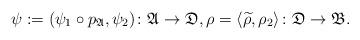
LaTeX: \begin{align*}\psi := (\psi_1\circ p_\mathfrak{A}, \psi_2) \colon \mathfrak A \to \mathfrak D, \rho = \langle \widetilde \rho, \rho_2 \rangle \colon \mathfrak D \to \mathfrak B.\end{align*}